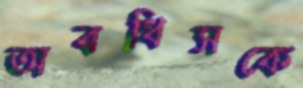
অবধিসকে